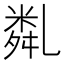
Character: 亃